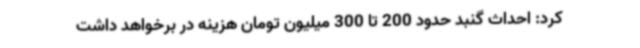
کرد: احداث گنبد حدود 200 تا 300 میلیون تومان هزینه در برخواهد داشت